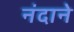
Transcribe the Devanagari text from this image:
नंदाने